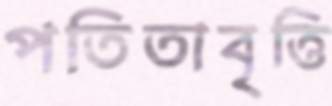
পতিতাবৃত্তি